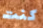
كنت